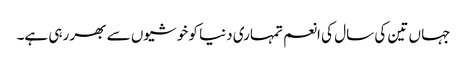
جہا ں تین کی سال کی انعم تمہاری دنیا کو خوشیوں سے بھر رہی ہے۔